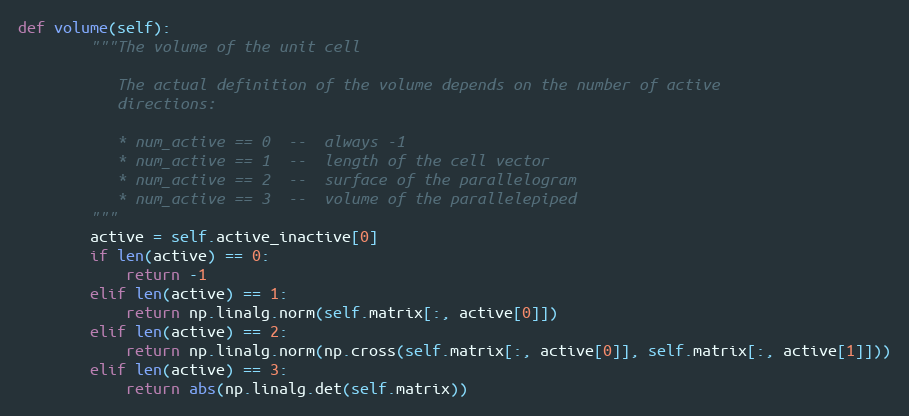
Language: Python
def volume(self):
        """The volume of the unit cell

           The actual definition of the volume depends on the number of active
           directions:

           * num_active == 0  --  always -1
           * num_active == 1  --  length of the cell vector
           * num_active == 2  --  surface of the parallelogram
           * num_active == 3  --  volume of the parallelepiped
        """
        active = self.active_inactive[0]
        if len(active) == 0:
            return -1
        elif len(active) == 1:
            return np.linalg.norm(self.matrix[:, active[0]])
        elif len(active) == 2:
            return np.linalg.norm(np.cross(self.matrix[:, active[0]], self.matrix[:, active[1]]))
        elif len(active) == 3:
            return abs(np.linalg.det(self.matrix))